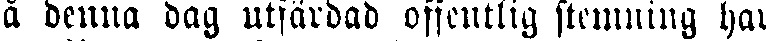
å denna dag utfärdad offentlig stemning har